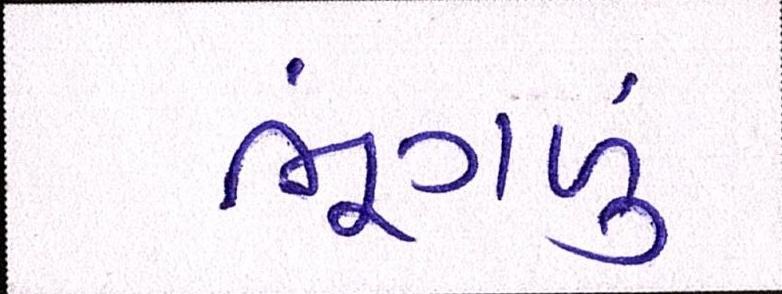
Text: ભૂંગળું